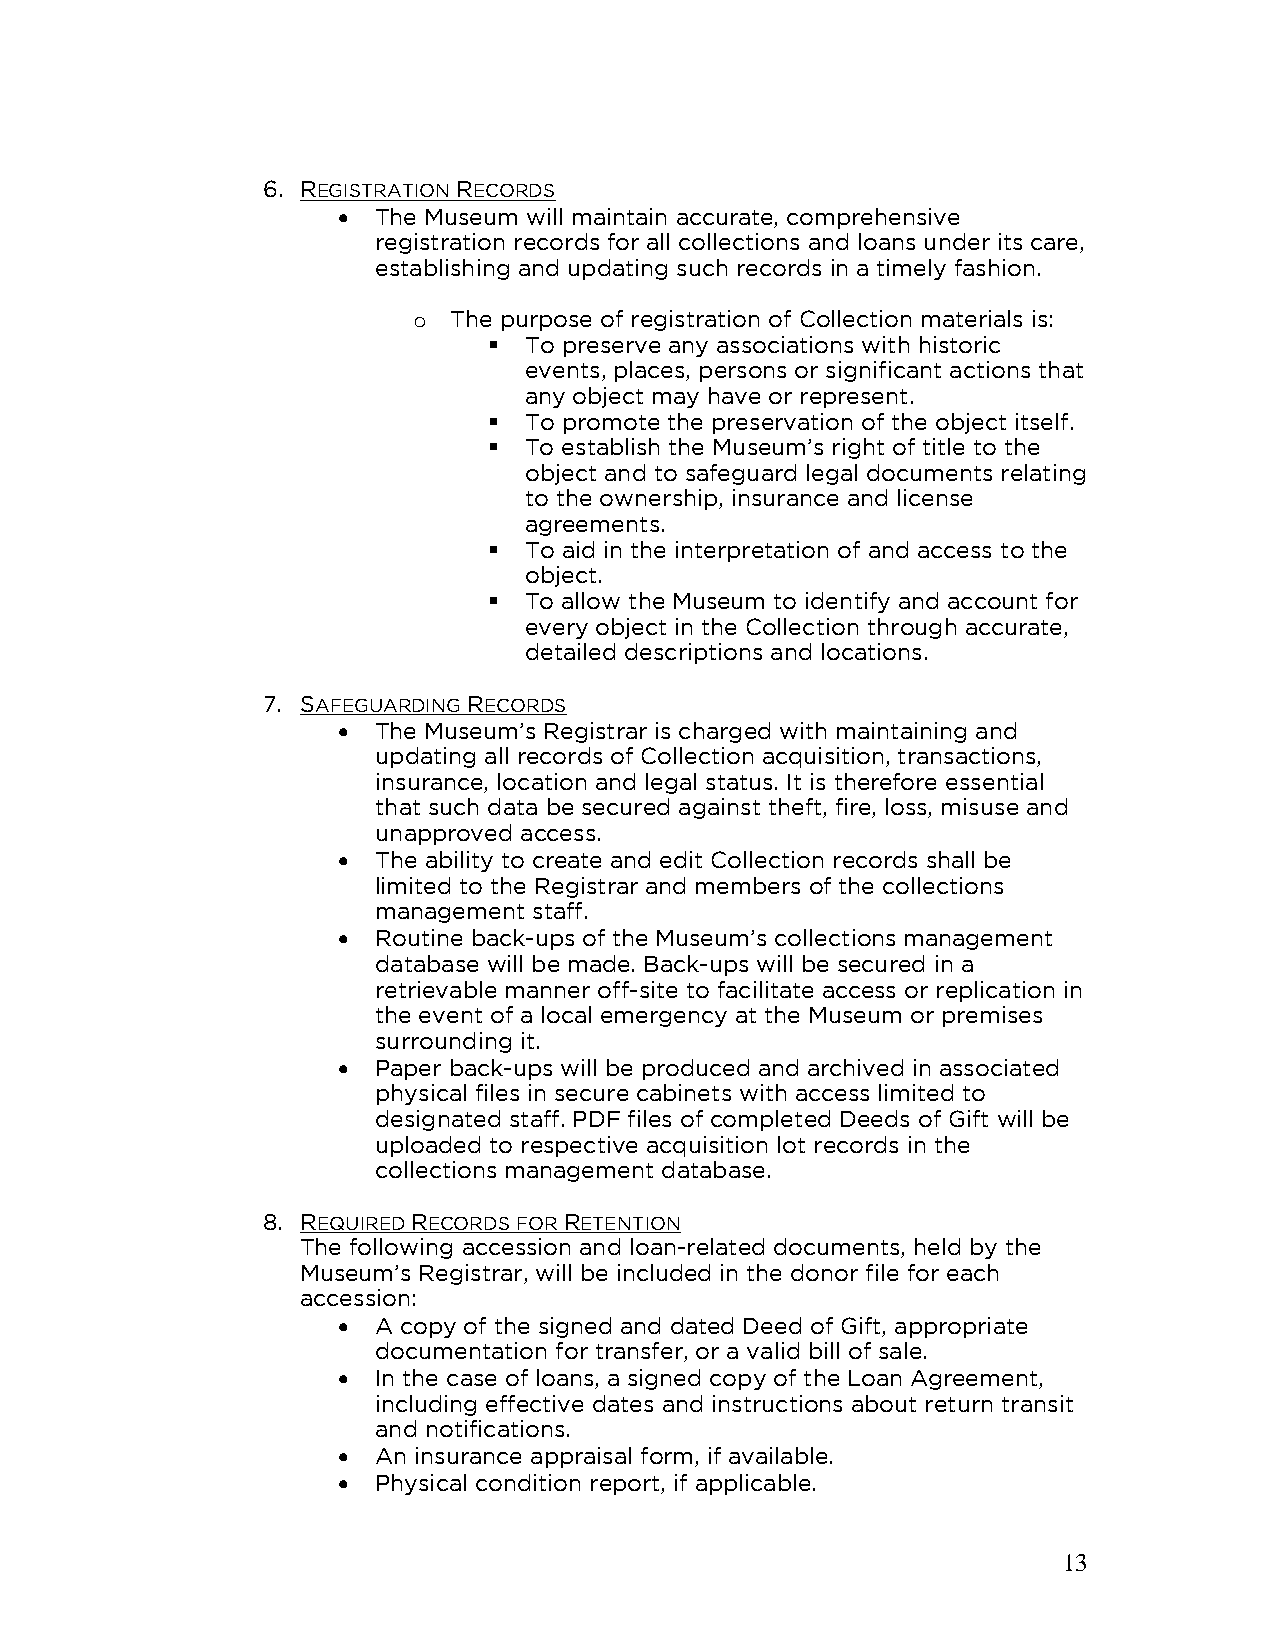
6. REGISTRATION RECORDS
 •  The Museum will maintain accurate, comprehensive
 registration records for all collections and loans under its care,
 establishing and updating such records in a timely fashion.
 o  The purpose of registration of Collection materials is:
 ▪  To preserve any associations with historic
 events, places, persons or significant actions that
 any object may have or represent.
 ▪  To promote the preservation of the object itself.
 ▪  To establish the Museum’s right of title to the
 object and to safeguard legal documents relating
 to the ownership, insurance and license
 agreements.
 ▪  To aid in the interpretation of and access to the
 object.
 ▪  To allow the Museum to identify and account for
 every object in the Collection through accurate,
 detailed descriptions and locations.
 7. SAFEGUARDING RECORDS
 •  The Museum’s Registrar is charged with maintaining and
 updating all records of Collection acquisition, transactions,
 insurance, location and legal status. It is therefore essential
 that such data be secured against theft, fire, loss, misuse and
 unapproved access.
 •  The ability to create and edit Collection records shall be
 limited to the Registrar and members of the collections
 management staff.
 •  Routine back-ups of the Museum’s collections management
 database will be made. Back-ups will be secured in a
 retrievable manner off-site to facilitate access or replication in
 the event of a local emergency at the Museum or premises
 surrounding it.
 •  Paper back-ups will be produced and archived in associated
 physical files in secure cabinets with access limited to
 designated staff. PDF files of completed Deeds of Gift will be
 uploaded to respective acquisition lot records in the
 collections management database.
 8. REQUIRED RECORDS FOR RETENTION
 The following accession and loan-related documents, held by the
 Museum’s Registrar, will be included in the donor file for each
 accession:
 •  A copy of the signed and dated Deed of Gift, appropriate
 documentation for transfer, or a valid bill of sale.
 •  In the case of loans, a signed copy of the Loan Agreement,
 including effective dates and instructions about return transit
 and notifications.
 •  An insurance appraisal form, if available.
 •  Physical condition report, if applicable.
 13